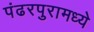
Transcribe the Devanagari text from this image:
पंढरपुरामध्ये